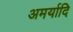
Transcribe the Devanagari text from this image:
अमर्यादि